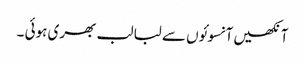
آنکھیں آنسوئوں سے لبا لب بھری ہوئی ۔